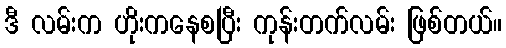
ဒီ လမ်းက ဟိုးကနေစပြီး ကုန်းတက်လမ်း ဖြစ်တယ်။